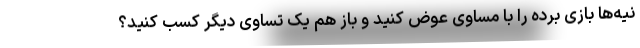
نیه‌ها بازی برده را با مساوی عوض کنید و باز هم یک تساوی دیگر کسب کنید؟